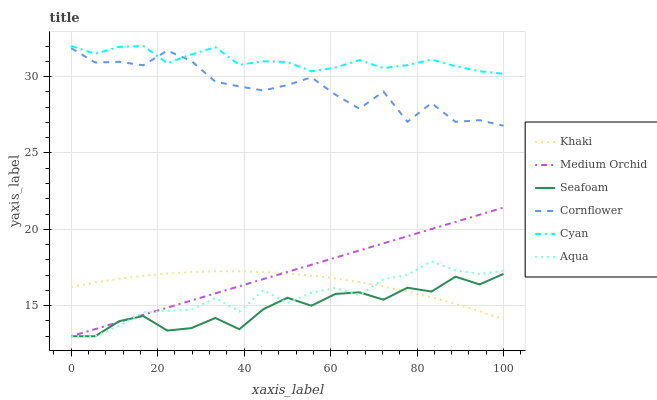
| xaxis_label | Khaki | Medium Orchid | Seafoam | Cornflower | Cyan | Aqua |
 | --- | --- | --- | --- | --- | --- | --- |
 | 0 | 16.2 | 13 | 13 | 31.9 | 32 | 13 |
 | 5.56 | 16.5 | 13.5 | 13 | 30.9 | 31.5 | 13 |
 | 11.1 | 16.8 | 13.9 | 14 | 31 | 31.9 | 13.7 |
 | 16.7 | 17 | 14.4 | 14.3 | 30.7 | 32 | 14.6 |
 | 22.2 | 17.1 | 14.9 | 13.4 | 31.7 | 30.9 | 14.7 |
 | 27.8 | 17.2 | 15.3 | 13.5 | 31 | 31.4 | 14.7 |
 | 33.3 | 17.3 | 15.8 | 14.2 | 29.7 | 31.9 | 15.5 |
 | 38.9 | 17.3 | 16.3 | 13.5 | 29.4 | 30.8 | 14.6 |
 | 44.4 | 17.2 | 16.7 | 14.8 | 29.1 | 31 | 16 |
 | 50 | 17.1 | 17.2 | 15.5 | 29.4 | 31 | 15.2 |
 | 55.6 | 17 | 17.7 | 15 | 29.9 | 30.3 | 15.8 |
 | 61.1 | 16.8 | 18.1 | 15.8 | 28.8 | 30.6 | 16.2 |
 | 66.7 | 16.5 | 18.6 | 15.9 | 27.9 | 31.1 | 15.7 |
 | 72.2 | 16.3 | 19.1 | 15.4 | 29 | 30.6 | 16.7 |
 | 77.8 | 15.9 | 19.5 | 16.2 | 27 | 30.7 | 17 |
 | 83.3 | 15.5 | 20 | 15.9 | 28.3 | 31.1 | 17.9 |
 | 88.9 | 15.1 | 20.5 | 16.9 | 27 | 30.7 | 17.3 |
 | 94.4 | 14.6 | 21 | 16.4 | 27.1 | 30.4 | 17.1 |
 | 100 | 14.1 | 21.4 | 17.1 | 26.8 | 30.2 | 17.3 |